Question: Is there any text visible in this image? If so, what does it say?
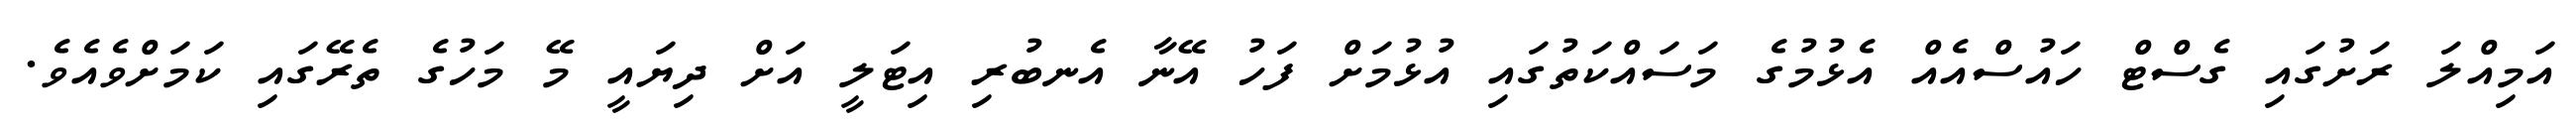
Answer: އަމިއްލަ ރަށުގައި ގެސްޓް ހައުސްއެއް އެޅުމުގެ މަސައްކަތުގައި އުޅުމަށް ފަހު އޭނާ އެނބުރި އިޓަލީ އަށް ދިޔައީ މޭ މަހުގެ ތެރޭގައި ކަމަށްވެއެވެ.